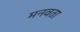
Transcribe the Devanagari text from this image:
मनवता